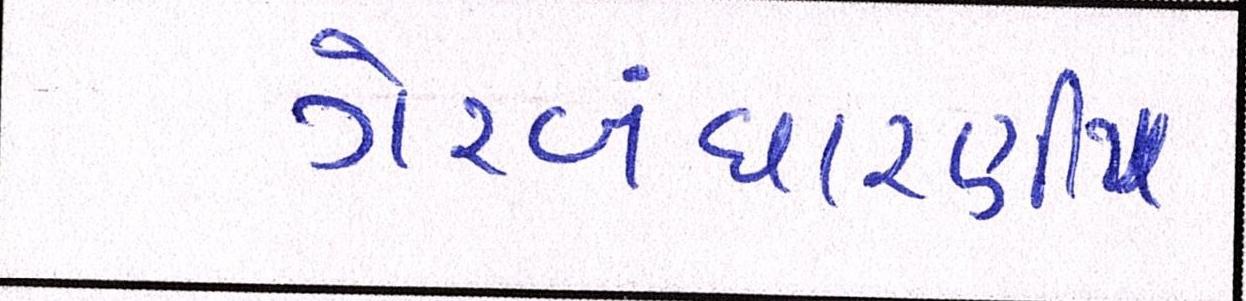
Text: ગેરબંધારણીય